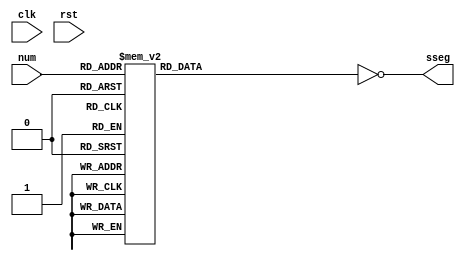
module sseg_decode #(
  parameter REG = 0,          // register outputs
  parameter INV = 1           // invert outputs
)(
  input  wire           clk,
  input  wire           rst,
  input  wire [  4-1:0] num,  // input
  output wire [  7-1:0] sseg  // output
);


reg [  7-1:0] sseg_decode;


always @ (*)
begin
  case(num)
    4'h0    : sseg_decode = 7'b0111111;
    4'h1    : sseg_decode = 7'b0000110;
    4'h2    : sseg_decode = 7'b1011011;
    4'h3    : sseg_decode = 7'b1001111;
    4'h4    : sseg_decode = 7'b1100110;
    4'h5    : sseg_decode = 7'b1101101;
    4'h6    : sseg_decode = 7'b1111101;
    4'h7    : sseg_decode = 7'b0000111;
    4'h8    : sseg_decode = 7'b1111111;
    4'h9    : sseg_decode = 7'b1101111;
    4'ha    : sseg_decode = 7'b1110111;
    4'hb    : sseg_decode = 7'b1111100;
    4'hc    : sseg_decode = 7'b0111001;
    4'hd    : sseg_decode = 7'b1011110;
    4'he    : sseg_decode = 7'b1111001;
    4'hf    : sseg_decode = 7'b1110001;
    default : sseg_decode = 7'b0000000;
  endcase
end


generate if (REG == 1) begin
  reg [  7-1:0] sseg_reg;
  always @ (posedge clk, posedge rst) begin
    if (rst)
      sseg_reg <= #1 7'h0;
    else
      sseg_reg <= #1 INV ? ~sseg_decode : sseg_decode;
  end
  assign sseg = sseg_reg;
end else begin
  assign sseg = INV ? ~sseg_decode : sseg_decode;
end
endgenerate


endmodule